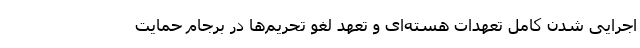
اجرایی شدن کامل تعهدات هسته‌ای و تعهد لغو تحریم‌ها در برجام حمایت